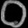
Digit: ၀